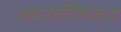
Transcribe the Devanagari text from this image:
आध्यातिमकता